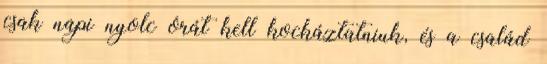
csak napi nyolc órát kell kockáztatniuk, és a család